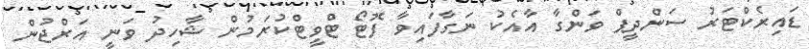
ޑައިރެކްޓަރު ސަންދީޕް ވަންގާ އާއެކު ނަގާފައިވާ ފޮޓޯ ޓްވީޓްކުރަމުން ޝާހިދު ވަނީ އަރްޖުން